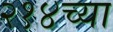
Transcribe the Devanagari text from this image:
२१४च्या